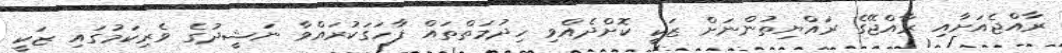
ރާއްޖެއަށާއި ރާއްޖޭގެ ރައްޔިތުންނަށް ޒަކީ ކޮށްދެއްވި ހިދުމަތްތައް ފާހަގަކުރައްވާ ނަޝީދުގެ ވެރިކަމުގައި ޒަކީ